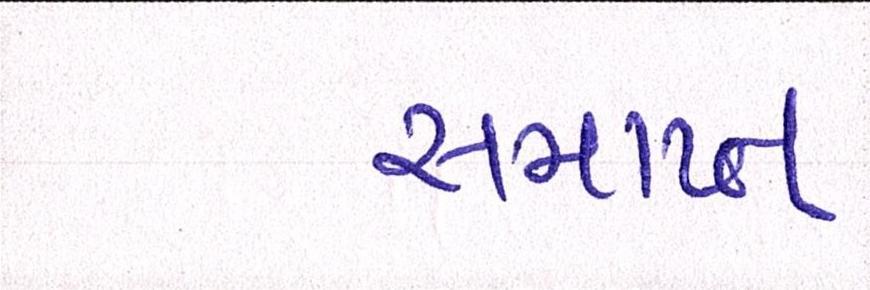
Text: સમાપ્ન